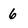
Character: 6